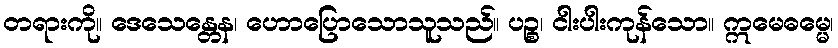
တရားကို။ ဒေသေန္တေန၊ ဟောပြောသောသူသည်။ ပဉ္စ၊ ငါးပါးကုန်သော။ ဣမေဓမ္မေ၊